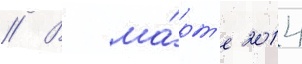
// В ма́рт'е 2014